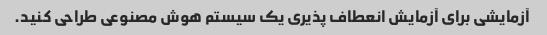
آزمایشی برای آزمایش انعطاف پذیری یک سیستم هوش مصنوعی طراحی کنید.